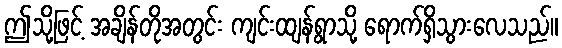
ဤသို့ဖြင့် အချိန်တိုအတွင်း ကျင်းထျန်ရွာသို့ ရောက်ရှိသွားလေသည်။